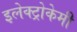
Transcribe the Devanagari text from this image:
इलेक्ट्रोकेमी